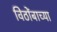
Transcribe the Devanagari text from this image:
विठोंबाच्या